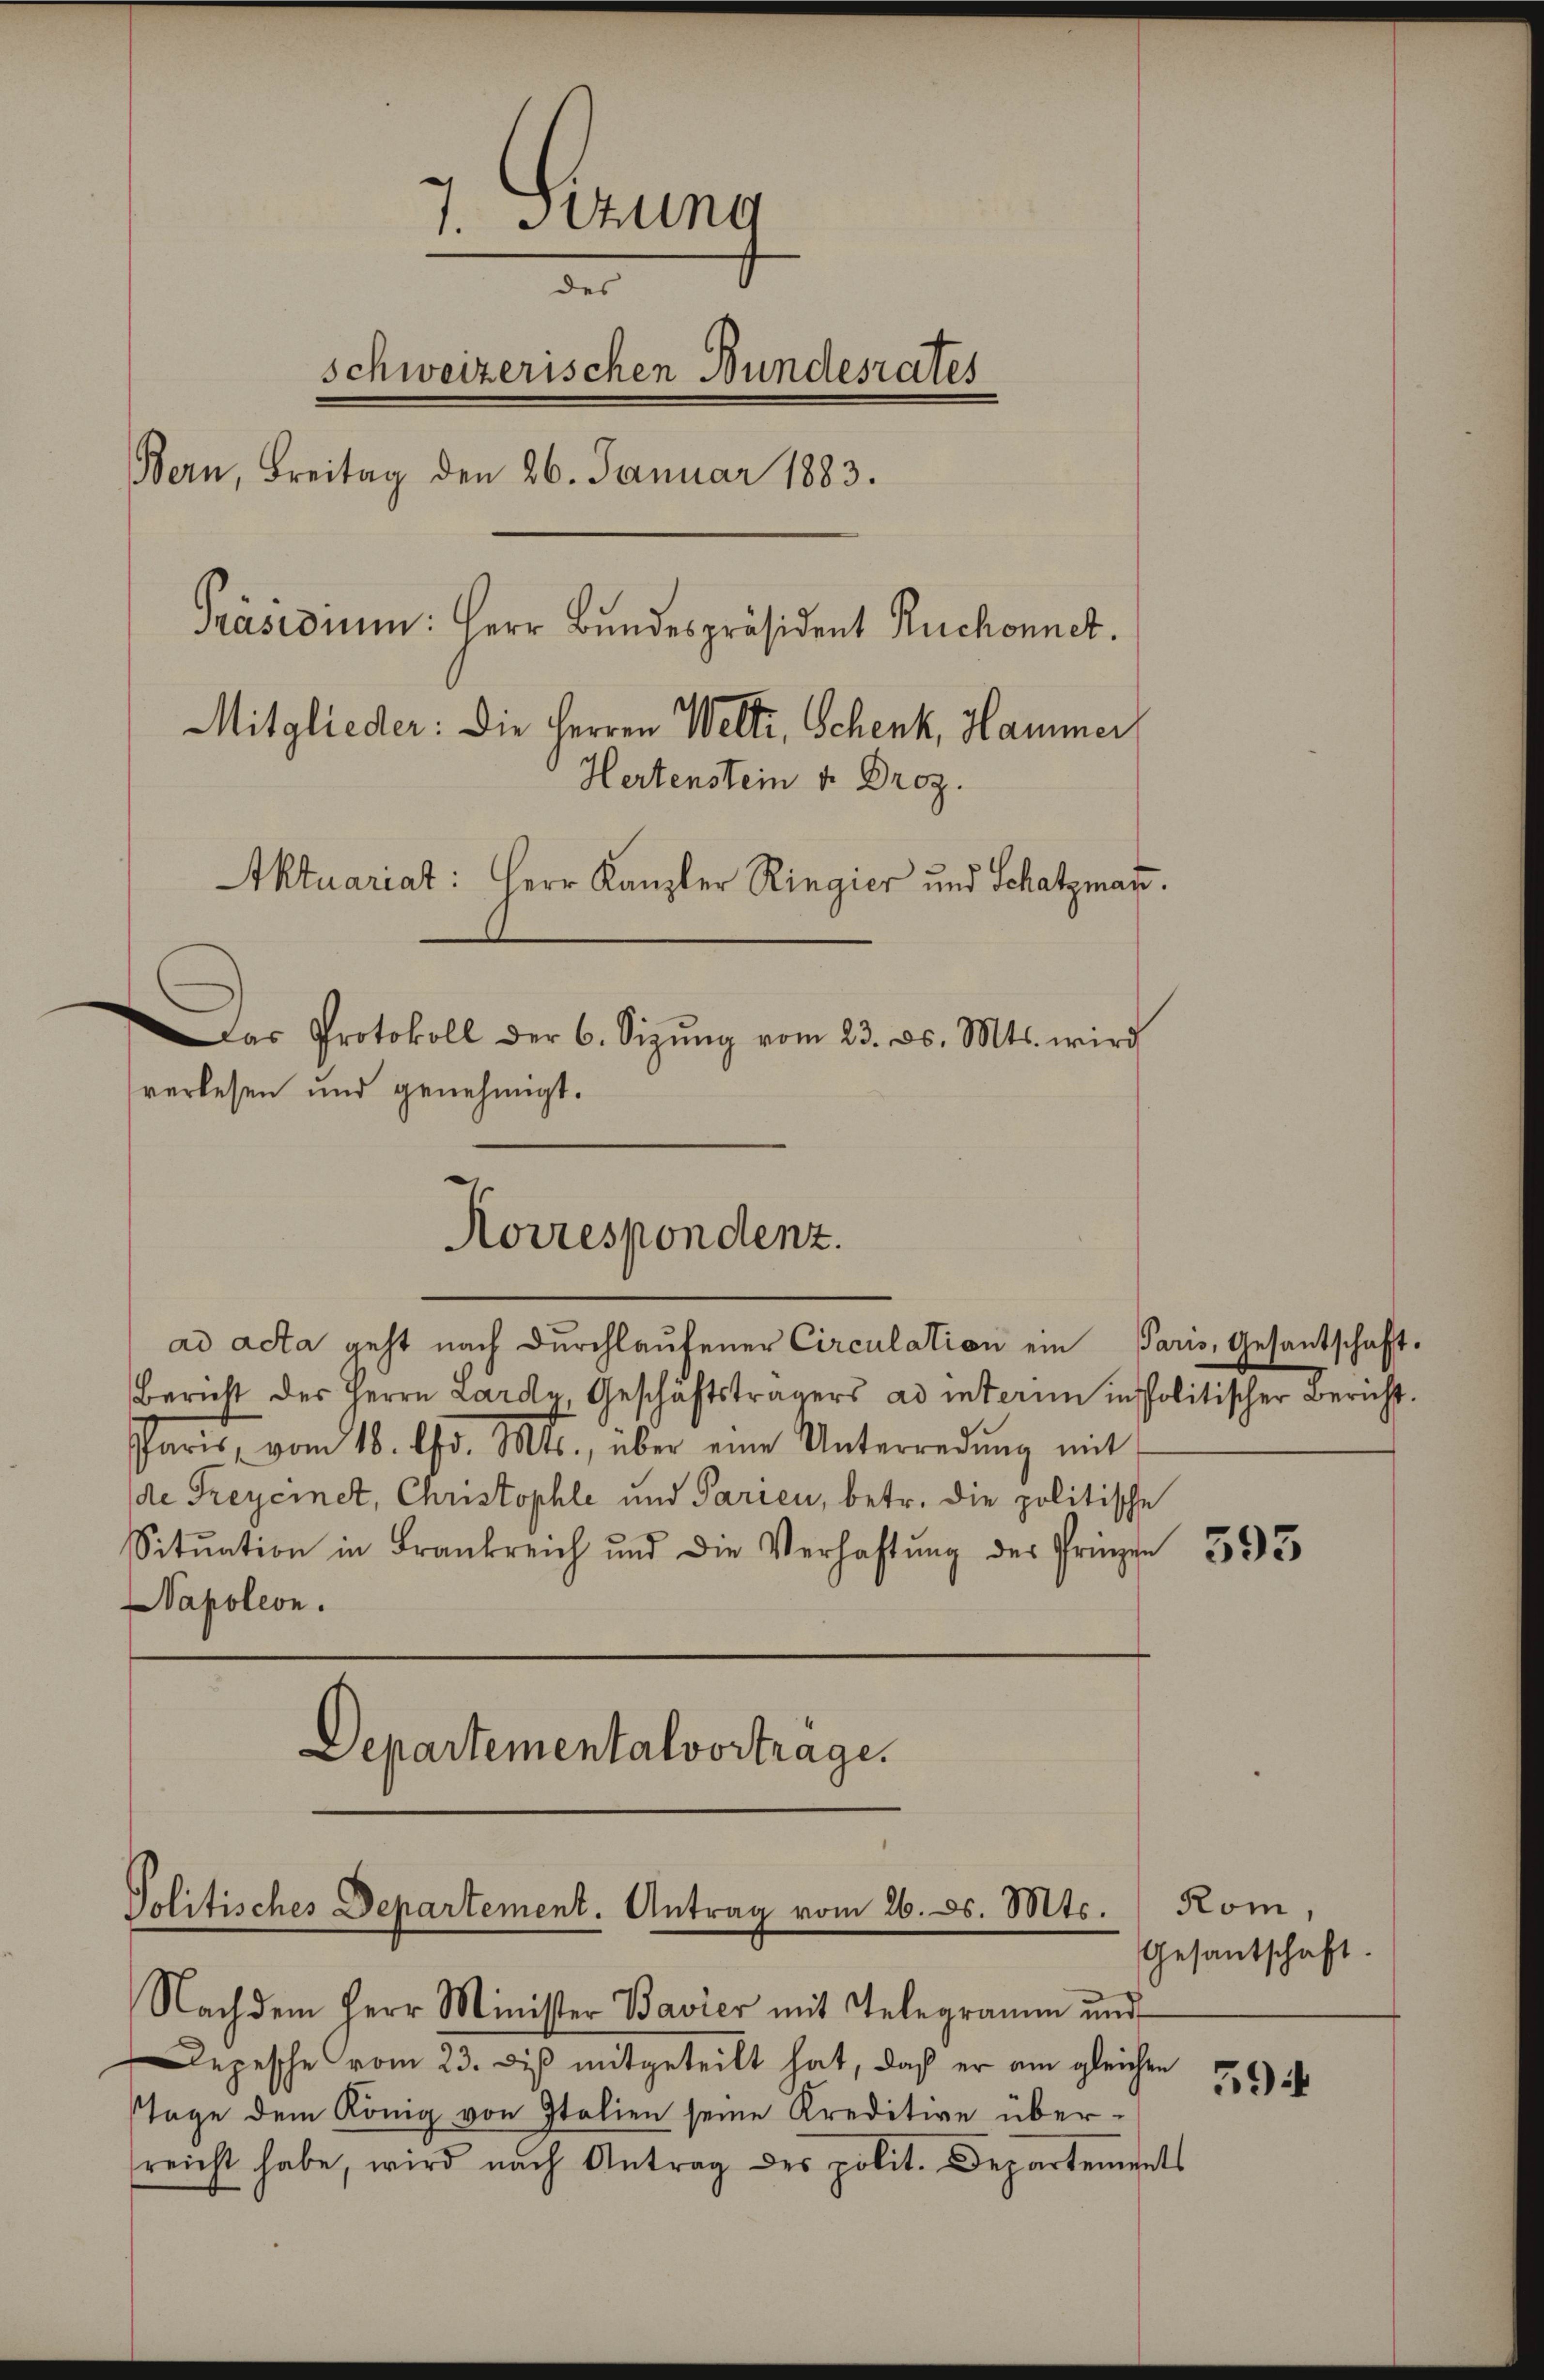
7. Sizung
der
schweizerischen Bundesrates
Bern, Freitag den 26. Januar 1883.
Präsidium: Herr Bundespräsident Ruchonnet.
Mitglieder: Die Herren Welte, Schenk, Hammer
Hertenstein v. Droz.
Aktuariat: Herr Kanzler Ringier und Schatzmann.
Das Protokoll der 6. Sizŭng vom 23. ds. Mts. wird
verlesen und genehmigt.

Korrespondenz.

ad acta geht nach Durchlaufener Circulation ein Paris, Gesantschaft.
Bericht des Herrn Lardy, Geschäftsträgers ad interim in politischer Bericht.
Paris vom 18. Chr. Mts., über eine Unterredung mit
de Freycinet, Christophle und Parien, betr. die politische
Sitŭation in Frankreich und die Verhaltŭng des Prinzin
Napoleon.

Departementalvortrage.

Politisches Departement. Antrag vom 26. d. Mts.
Nachdem Herr Minister Bavier mit Telegramm und

Depesche vom 23. Dieß mitgeteilt hat, daß er am gleichen
Tage dem König von Italien seine Kreditive überreicht habe, wird nach Antrag des polit. Departements

595

Kom,
Gesantschaft.

59